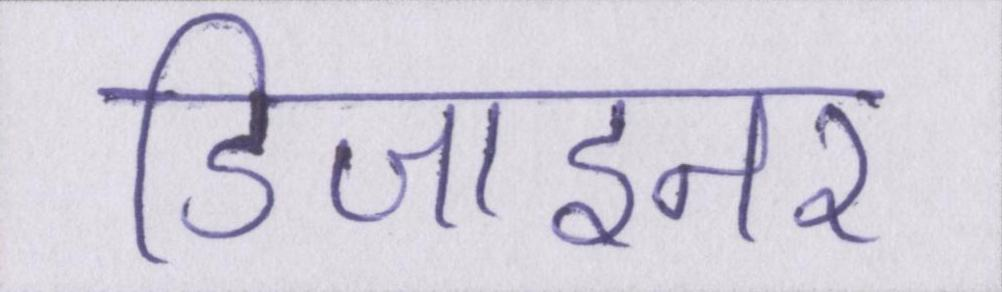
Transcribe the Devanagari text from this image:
डिजाइनर